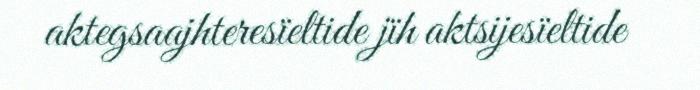
aktegsaajhteresïeltide jïh aktsijesïeltide